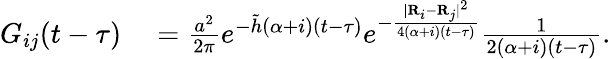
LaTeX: \begin{array}{rl}{G_{ij}(t-\tau)}&{{}=\frac{a^{2}}{2\pi}e^{-\tilde{h}(\alpha+i)(t-\tau)}e^{-\frac{\lvert{\mathbf R}_{i}-{\mathbf R}_{j}\rvert^{2}}{4(\alpha+i)(t-\tau)}}\frac{1}{2(\alpha+i)(t-\tau)}.}\end{array}